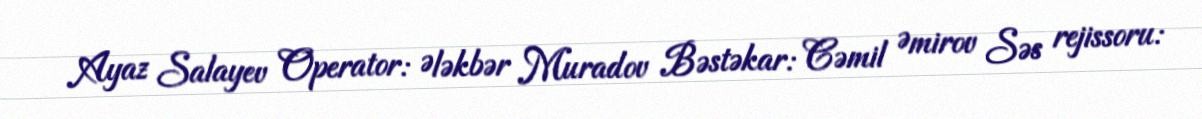
Ayaz Salayev Operator: Ələkbər Muradov Bəstəkar: Cəmil Əmirov Səs rejissoru: